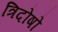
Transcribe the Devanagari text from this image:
त्रिदोषो